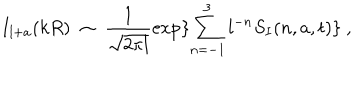
I _ { l + a } ( k R ) \ \sim \ \frac { 1 } { \sqrt { 2 \pi l } } \exp \{ \sum _ { n = - 1 } ^ { 3 } l ^ { - n } S _ { I } ( n , a , t ) \} \ ,